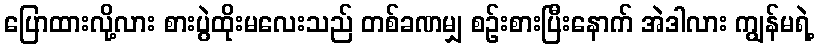
ပြောထားလို့လား စားပွဲထိုးမလေးသည် တစ်ခဏမျှ စဉ်းစားပြီးနောက် အဲဒါလား ကျွန်မရဲ့